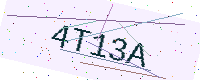
Text: 4T13A